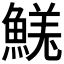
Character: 𩹦